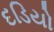
દડિયો